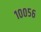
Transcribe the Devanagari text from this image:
१००५६